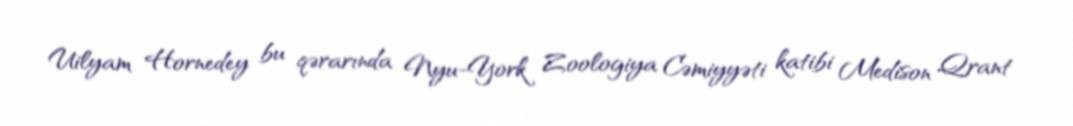
Uilyam Hornedey bu qərarında Nyu-York Zoologiya Cəmiyyəti katibi Medison Qrant